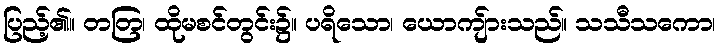
ပြည့်၏။ တတြ၊ ထိုမစင်တွင်း၌။ ပရိသော၊ ယောကျ်ားသည်။ သသီသကော၊